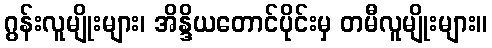
ဂွန်းလူမျိုးများ၊ အိန္ဒိယတောင်ပိုင်းမှ တမီလူမျိုးများ။